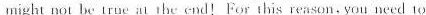
might not be true an theend!For this reason. You need to